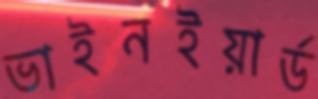
ভাইনইয়ার্ড